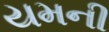
યમની